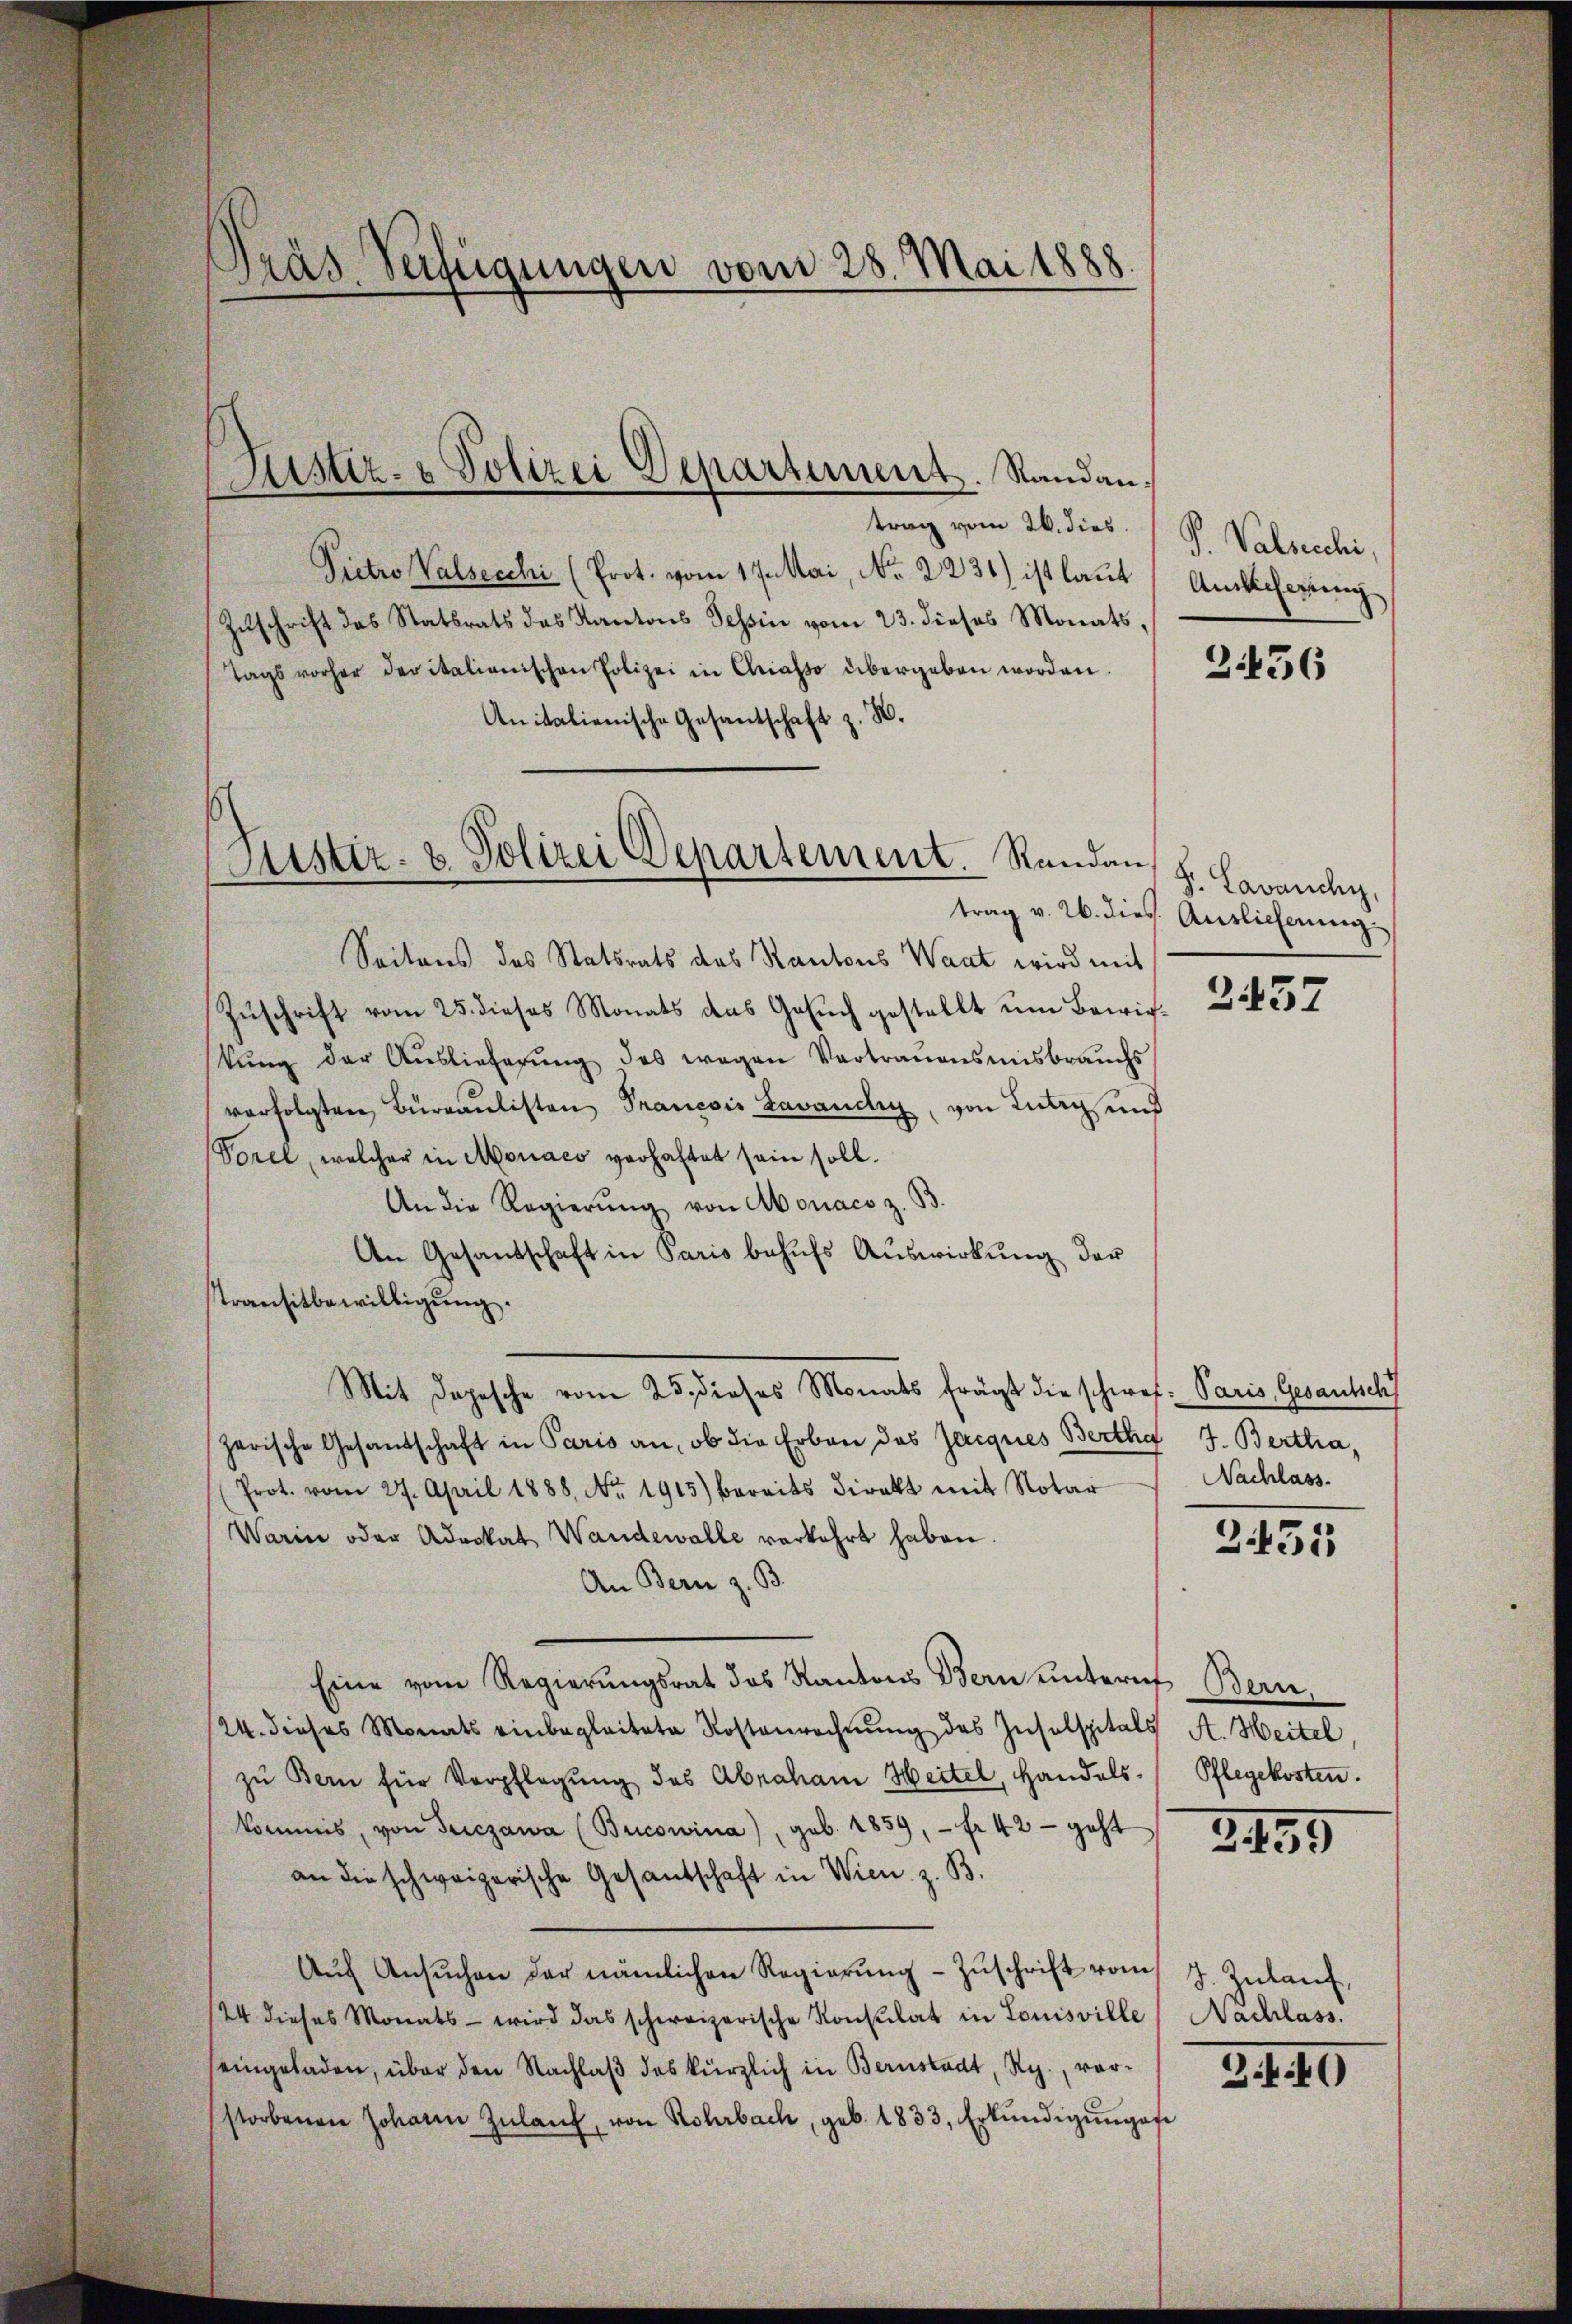
Dras Verfügungen vom 28. Mai 1888.

trag vom 26. dies P. Valsecchi
Pietro Walsecchi (Prot. vom 17. Mai, No 2231) ist laut
Zuschrift des Statsrats des Kantons Tessin vom 23. dieses Monats,
tags vorher der italienischen Polizei in Chiasso übergeben worden.
Anitalienische Gesantschaft z. H.
Seitens des Statsrats des Kantons Want wird mit
Zuschrift vom 25. dieses Monats das Gesuch gestellt um Bewirkŭng der Aŭslieferŭng des wegen Vertraŭensmisbrauchs
verfolgten Büreaulisten Prancois Lavandig, von Lutry und
Vorel, welcher in Moraco verhaftet sein soll.
An die Regierung von Monaco z. B.
An Gesandschaft in Paris behufs Auswirkung der
stransitbewilligung.
Mit Depesche vom 25. dieses Monats frägt die schwef: Paris, Gesantsch
zerische Gesandschaft in Paris an, ob die Erben des Jacques Bertha J. Bertha,
Prot. vom 27. April 1888. No. 1915) bereits direkt mit Notar
Warin oder Advokat Wandewalle verkehrt haben
An Bern z. B.
Eine vom Regierŭngsrat des Kantons Bern untern Bern,
24. dieses Monats einbegleitete Kostenrechnung des Insulspitals A. Heitel
zu Bern für Verpflegung des Abraham Heitel, Handelskommis, von Triczawa (Bucowina), geb. 1859, - fr 42 - geht
an die schweizerische Gesandschaft in Wien z. B.
Aŭf Ansŭchen der nämlichen Regierŭng Zŭschrift vom
124 dieses Monats - wird das schweizerische Konsulat in Louisville Nachlass.
seingeladen, über den Nachlaβ das kürzlich in Bernstadt, Rg., vorstorbenen Johann Zŭlaŭf von Rohrbach, geb. 1833, Erkŭndigŭngsfe

Justiz- & Polizei Departement. Randan¬

Sistiz- & Polizei Departement. Randan,

Amlicherung

2436

S. Lavanchy,
trag v. 26. dies Auslieferung

2457

Nachlass.

2455

Pflegekosten.

3459

d. Zulauf,

3 f. 49